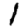
Digit: 1